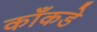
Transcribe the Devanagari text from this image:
काँकडे